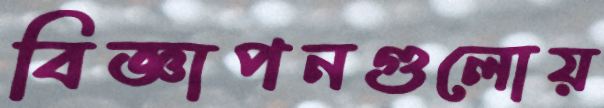
বিজ্ঞাপনগুলোয়